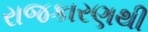
રાજકારણથી